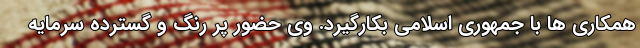
همکاری ها با جمهوری اسلامی بکارگیرد. وی حضور پر رنگ و گسترده سرمایه